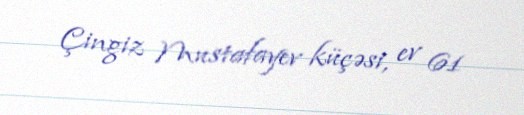
Çingiz Mustafayev küçəsi, ev 61